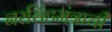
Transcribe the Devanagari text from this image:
नरसिंहमंत्राची